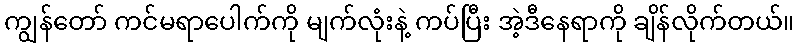
ကျွန်တော် ကင်မရာပေါက်ကို မျက်လုံးနဲ့ ကပ်ပြီး အဲ့ဒီနေရာကို ချိန်လိုက်တယ်။